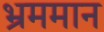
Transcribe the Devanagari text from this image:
भ्रममान